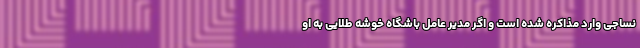
نساجی وارد مذاکره شده است و اگر مدیر عامل باشگاه خوشه طلایی به او